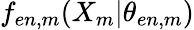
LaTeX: f_{en,m}({X}_{m}|\theta_{en,m})